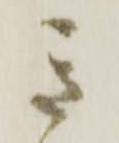
き